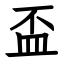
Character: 盃